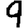
Digit: 9